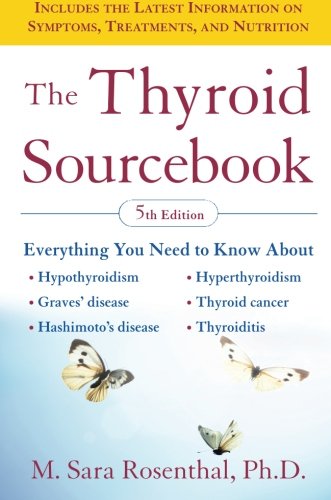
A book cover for The Thyroid Sourcebook (5th Edition) (Sourcebooks); M. Sara Rosenthal; Health, Fitness & Dieting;